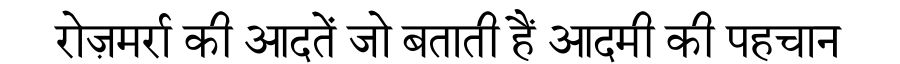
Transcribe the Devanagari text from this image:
रोज़मर्रा की आदतें जो बताती हैं आदमी की पहचान